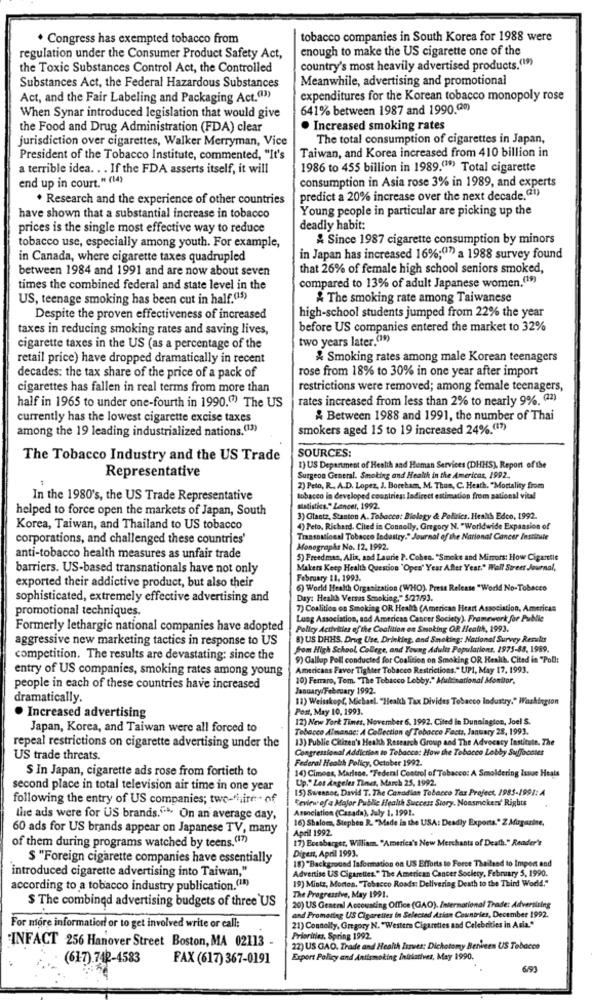
. Congress has exempted tobacco from
tobacco companies in South Korea for 1988 were
enough to make the US cigarette one of the
regulation under the Consumer Product Safety Act,
the Toxic Substances Control Act, the Controlled
country's most heavily advertised products.(19)
Meanwhile, advertising and promotional
Substances Act, the Federal Hazardous Substances
Act, and the Fair Labeling and Packaging Act.(13)
expenditures for the Korean tobacco monopoly rose
641% between 1987 and 1990.000)
When Synar introduced legislation that would give
the Food and Drug Administration (FDA) clear
· Increased smoking rates
jurisdiction over cigarettes, Walker Merryman, Vice
The total consumption of cigarettes in Japan,
President of the Tobacco Institute, commented, "It's
Taiwan, and Korea increased from 410 billion in
a terrible idea. . . If the FDA asserts itself, it will
1986 to 455 billion in 1989.(19) Total cigarette
end up in court." (14)
consumption in Asia rose 3% in 1989, and experts
. Research and the experience of other countries
predict a 20% increase over the next decade.(1)
Young people in particular are picking up the
have shown that a substantial increase in tobacco
prices is the single most effective way to reduce
deadly habit:
tobacco use, especially among youth. For example,
& Since 1987 cigarette consumption by minors
in Canada, where cigarette taxes quadrupled
in Japan has increased 16%;(17) a 1988 survey found
between 1984 and 1991 and are now about seven
that 26% of female high school seniors smoked,
compared to 13% of adult Japanese women,(19)
times the combined federal and state level in the
US, teenage smoking has been cut in half.(15)
& The smoking rate among Taiwanese
high-school students jumped from 22% the year
Despite the proven effectiveness of increased
taxes in reducing smoking rates and saving lives,
before US companies entered the market to 32%
two years later.(19)
cigarette taxes in the US (as a percentage of the
retail price) have dropped dramatically in recent
& Smoking rates among male Korean teenagers
decades: the tax share of the price of a pack of
rose from 18% to 30% in one year after import
cigarettes has fallen in real terms from more than
restrictions were removed; among female teenagers,
half in 1965 to under one-fourth in 1990."") The US
rates increased from less than 2% to nearly 9%. (22)
currently has the lowest cigarette excise taxes
& Between 1988 and 1991, the number of Thai
among the 19 leading industrialized nations.(13)
smokers aged 15 to 19 increased 24%.(1)
SOURCES:
The Tobacco Industry and the US Trade
Representative
1) US Department of Health and Human Services (DHHS), Report of the
Surgeon General. Smoking and Health in the Americas, 1992 ..
2) Peto, R .. A.D. Lopez, J. Boceham, M. Thus, C. Heath. "Mortality from
In the 1980's, the US Trade Representative
tobacco in developed countries: Indirect estimation from national vital
helped to force open the markets of Japan, South
statistics." Lancer, 1992.
3) Glantz, Stanton A. Tobacco: Biology & Politics. Health Edco, 1992.
Korea, Taiwan, and Thailand to US tobacco
4) Peto, Richard, Cited is Connolly, Gregory N. "Worldwide Expansion of
corporations, and challenged these countries'
Transnational Tobacco Industry." Journal of the National Cancer Institute
Monographs No. 12. 1992.
anti-tobacco health measures as unfair trade
5) Freedman, Alix, and Laurie P. Coben. "Smoke and Mirrors: How Cigaretis
barriers. US-based transnationals have not only
Makers Keep Health Question "Open" Year After Year." Wall Street Journal,
exported their addictive product, but also their
February 11, 1993.
6) World Health Organization (WHO). Press Release "World No-Tobacco
sophisticated, extremely effective advertising and
Day: Heakh Versas Smoking," 5/27/93.
promotional techniques.
7) Coalition on Smoking OR Health (American Heart Association, Americas
Lung Association, and American Cancer Society). Framework for Publie
Formerly lethargic national companies have adopted
Policy Activities of the Coalition en Smoking OR Health, 1993.
aggressive new marketing tactics in response to US
8) US DHHS. Drug Use, Drinking, and Smoking: National Survey Results
from High School, College, and Young Adults Populations. 1975-88, 1989.
competition. The results are devastating: since the
9) Gallop Poll conducted for Coalition on Smoking OR Health. Cited in "Poll:
entry of US companies, smoking rates among young
Americans Favor Tighter Tobacco Restrictions." UPI, May 17, 1993.
10) Ferraro, Tom. "The Tobacco Lobby." Multinational Monitor.
people in each of these countries have increased
January/February 1992.
dramatically.
11) Weisskopf, Michael. "Heakh Tax Dividas Tobacco Industry." Washington
Post, May 10, 1993.
· Increased advertising
12) New York Times, November 6, 1992. Cited in Dunalagton, Joel S.
Japan, Korea, and Taiwan were all forced to
Tobacco Almanac: A Collection of Tobacco Facts, January 28, 1993.
13) Public Citizen's Health Research Group and The Advocacy Institute. The
repeal restrictions on cigarette advertising under the
Congressional Addiction to Tobacco: How the Tobacco Lobby Suffocates
US trade threats.
Federal Health Policy, October 1992.
S In Japan, cigarette ads rose from fortieth to
14) Cimens, Maritoe. "Federal Control of Tobacco: A Smoldering Issue Heals
Up." Los angeles Tines, March 25, 1992.
second place in total television air time in one year
15) Sweasoc, David T. The Canadian Tobacco Tax Project. 1985-1991: A
following the entry of US companies; two-fire- of
Review of a Major Public Health Success Story. Nonsmokers' Rights
Association (Cazada), July 1, 1991.
the ads were for US brands.".ª, On an average day,
16) Shalom, Stephen R. "Made in the USA: Deadly Exports." Z Magazine,
60 ads for US brands appear on Japanese TV, many
April 1992.
of them during programs watched by teens.(17)
17) Eccobarger, William. "America's New Merchants of Death." Reader's
Digest, April 1993.
$ "Foreign cigarette companies have essentially
18) "Background Taformation on US Efforts to Force Thailsed to Import and
introduced cigarette advertising into Taiwan,"
Advertise US Cigarettes." The American Cancer Society, February 5, 1990.
19) Mintz, Morton. "Tobacco Roads: Delivering Death to the Third World."
according to a tobacco industry publication.(11)
$ The combined advertising budgets of three US
The Progressive, May 1991.
20) US General Accounting Office (GAO). International Trade: Advertising
and Promoting US Cigarettes in Selected Asian Countries, December 1992.
For more information or to get involved write or call:
21) Connolly, Gregory N. "Western Cigarettes and Celebrities in Asia."
INFACT 256 Hanover Street Boston, MA 02113 -
Priorities, Spring 1992.
22) US GAO. Trade and Health Issues: Dichotomy Benveen US Tobacco
(617).742-4583
FAX (617) 367-0191
Export Policy and Antismoking Initiatives, May 1990.
693